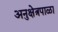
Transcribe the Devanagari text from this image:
अनुक्षेत्रपाळा